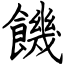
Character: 饑